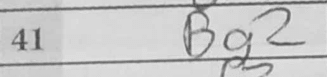
Transcription: Bg2